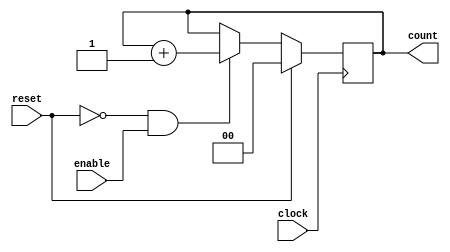
module Branch_Predictor_address_counter(count, clock, reset, enable);
output reg [1:0] count;

input clock,reset, enable;

always @(posedge clock)
begin
	if(reset)
		count <= 2'b0;
	else if(!reset && enable)
		count <= count + 1;
end
endmodule